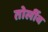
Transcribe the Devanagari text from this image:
तोर्लीव